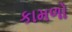
કામળો